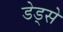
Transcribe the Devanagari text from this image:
डेड्से